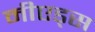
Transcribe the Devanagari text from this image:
मीएड्स